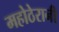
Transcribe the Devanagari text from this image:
महोठेरानी